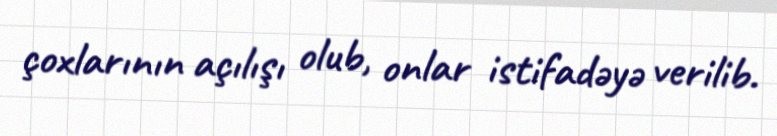
çoxlarının açılışı olub, onlar istifadəyə verilib.